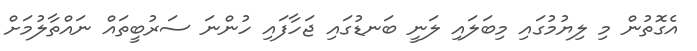
އެގޮތުން މި ލިޔުމުގައި މިބަލައި ލަނީ ބަނޑުގައި ޖަހާފައި ހުންނަ ސަރުބީތައް ނައްތާލުމަށް